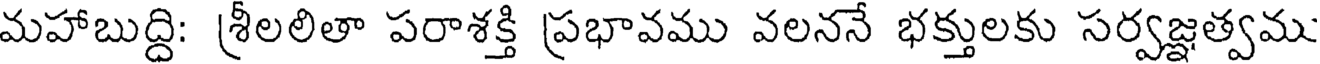
మహాబుద్ది: శ్రీలలితా పరాశక్తి ప్రభావము వలననే భక్తులకు సర్వజ్ఞత్వము